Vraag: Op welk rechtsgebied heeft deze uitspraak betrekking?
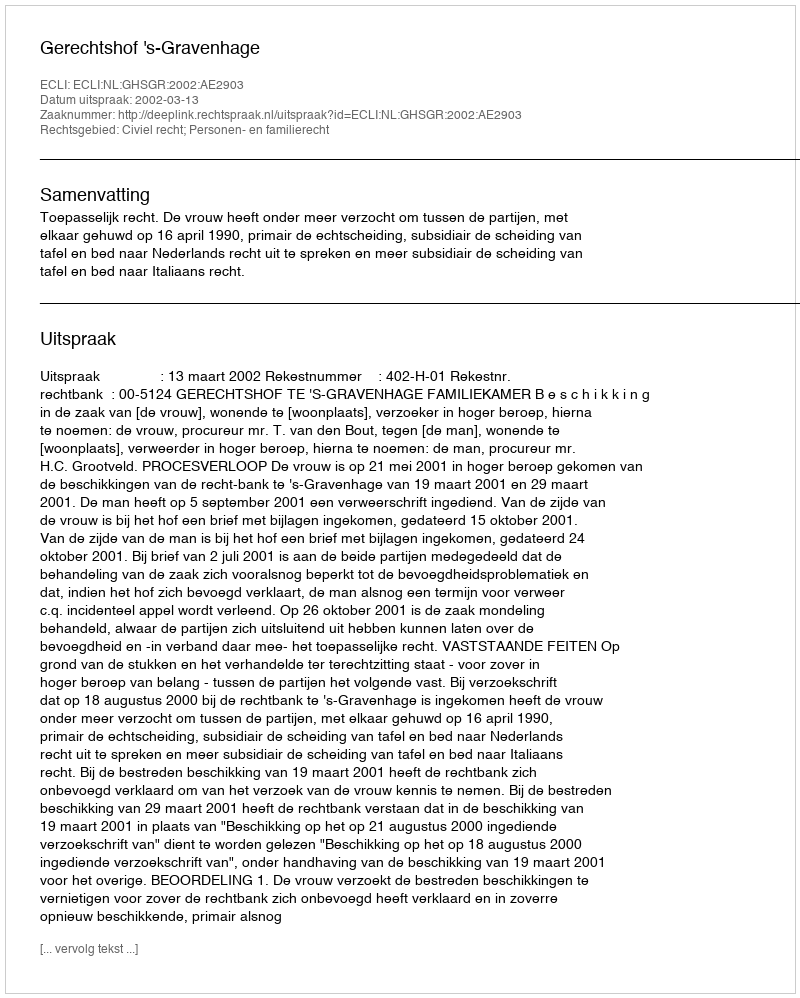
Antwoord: Civiel recht; Personen- en familierecht